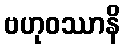
ဗဟုဝဿာနိ